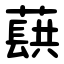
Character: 蕻